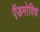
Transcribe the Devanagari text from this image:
ऍडमोविच